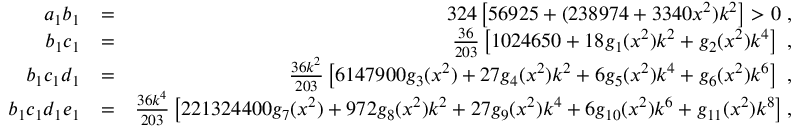
\begin{array} { r l r } { a _ { 1 } b _ { 1 } } & { = } & { 3 2 4 \left[ 5 6 9 2 5 + ( 2 3 8 9 7 4 + 3 3 4 0 x ^ { 2 } ) k ^ { 2 } \right] > 0 \; , } \\ { b _ { 1 } c _ { 1 } } & { = } & { \frac { 3 6 } { 2 0 3 } \left[ 1 0 2 4 6 5 0 + 1 8 g _ { 1 } ( x ^ { 2 } ) k ^ { 2 } + g _ { 2 } ( x ^ { 2 } ) k ^ { 4 } \right] \; , } \\ { b _ { 1 } c _ { 1 } d _ { 1 } } & { = } & { \frac { 3 6 k ^ { 2 } } { 2 0 3 } \left[ 6 1 4 7 9 0 0 g _ { 3 } ( x ^ { 2 } ) + 2 7 g _ { 4 } ( x ^ { 2 } ) k ^ { 2 } + 6 g _ { 5 } ( x ^ { 2 } ) k ^ { 4 } + g _ { 6 } ( x ^ { 2 } ) k ^ { 6 } \right] \; , } \\ { b _ { 1 } c _ { 1 } d _ { 1 } e _ { 1 } } & { = } & { \frac { 3 6 k ^ { 4 } } { 2 0 3 } \left[ 2 2 1 3 2 4 4 0 0 g _ { 7 } ( x ^ { 2 } ) + 9 7 2 g _ { 8 } ( x ^ { 2 } ) k ^ { 2 } + 2 7 g _ { 9 } ( x ^ { 2 } ) k ^ { 4 } + 6 g _ { 1 0 } ( x ^ { 2 } ) k ^ { 6 } + g _ { 1 1 } ( x ^ { 2 } ) k ^ { 8 } \right] , } \end{array}